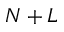
N + L